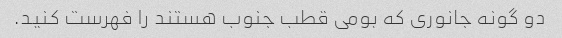
دو گونه جانوری که بومی قطب جنوب هستند را فهرست کنید.